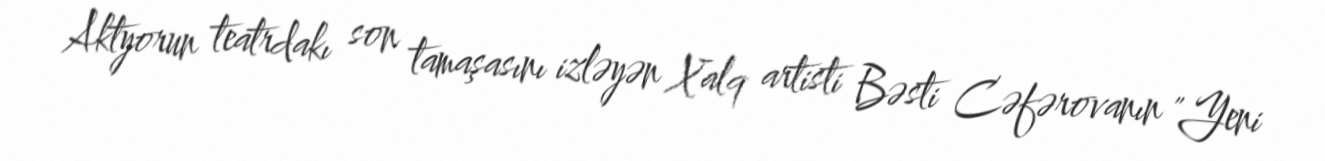
Aktyorun teatrdakı son tamaşasını izləyən Xalq artisti Bəsti Cəfərovanın "Yeni